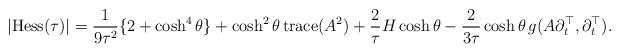
LaTeX: \begin{align*}\vert {\rm Hess}(\tau)\vert=\frac{1}{9\tau^2}\{2+\cosh^4\theta\}+\cosh^2\theta\,{\rm trace}(A^2)+\frac{2}{\tau}H\cosh\theta-\frac{2}{3\tau}\cosh\theta\,g(A\partial_t^\top,\partial_t^\top).\end{align*}